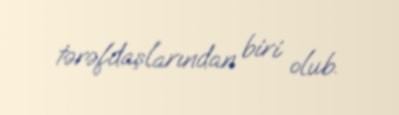
tərəfdaşlarından biri olub.